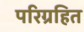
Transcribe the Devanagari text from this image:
परिग्रहित